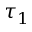
\tau _ { 1 }